Document type: payment_order
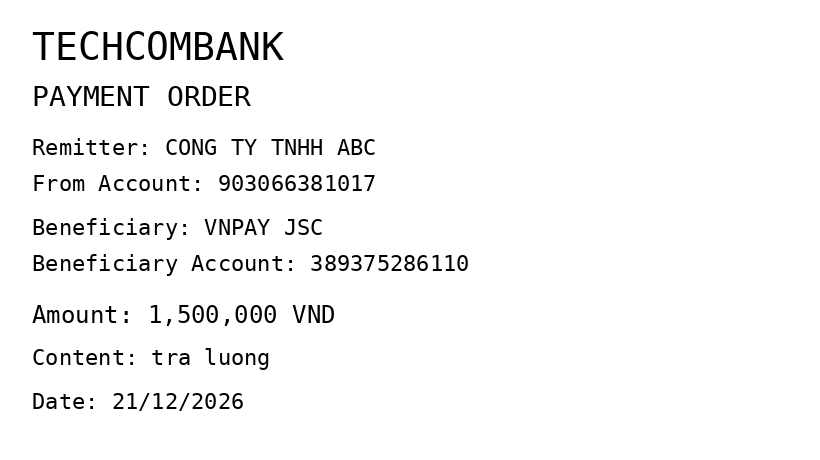
OCR transcript:
TECHCOMBANK
PAYMENT ORDER
Remitter: CONG TY TNHH ABC
From Account: 903066381017
Beneficiary: VNPAY JSC
Beneficiary Account: 389375286110
Amount: 1,500,000 VND
Content: tra luong
Date: 21/12/2026
Extracted fields:
bank_name: techcombank
sender_name: cong ty tnhh abc
sender_account: 903066381017
beneficiary_name: vnpay jsc
beneficiary_account: 389375286110
amount: 1500000
content: tra luong
date: 2026-12-21